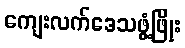
ကျေးလက်ဒေသဖွံ့ဖြိုး